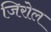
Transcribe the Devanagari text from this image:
जिरोल